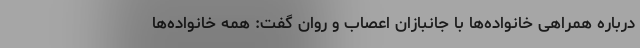
درباره همراهی خانواده‌ها با جانبازان اعصاب و روان گفت: همه خانواده‌ها